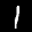
Label: 1